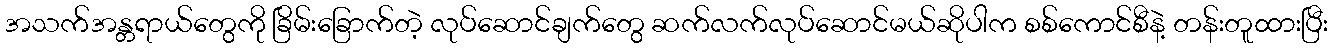
အသက်အန္တရာယ်တွေကို ခြိမ်းခြောက်တဲ့ လုပ်ဆောင်ချက်တွေ ဆက်လက်လုပ်ဆောင်မယ်ဆိုပါက စစ်ကောင်စီနဲ့ တန်းတူထားပြီး